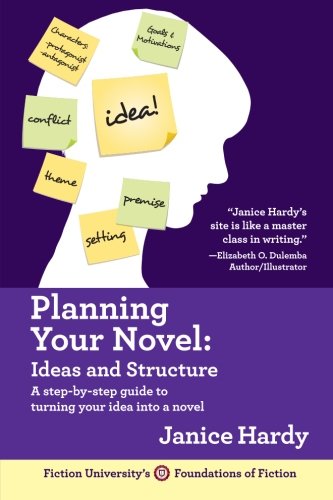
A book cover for Planning Your Novel: Ideas and Structure (Foundations of Fiction) (Volume 1); Janice Hardy; Education & Teaching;